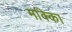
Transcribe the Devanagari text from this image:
मक्काि